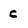
Character: c